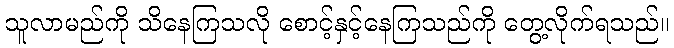
သူလာမည်ကို သိနေကြသလို စောင့်နှင့်နေကြသည်ကို တွေ့လိုက်ရသည်။